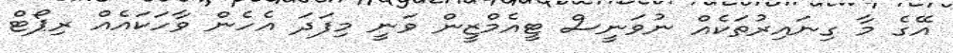
އޭގެ މާ ގިނައިރުތަކެއް ނުވަނީސް ޓީއެމްޒީން ވަނީ މިފަދަ އެހެން ވާހަކައެއް ރިޕޯޓް